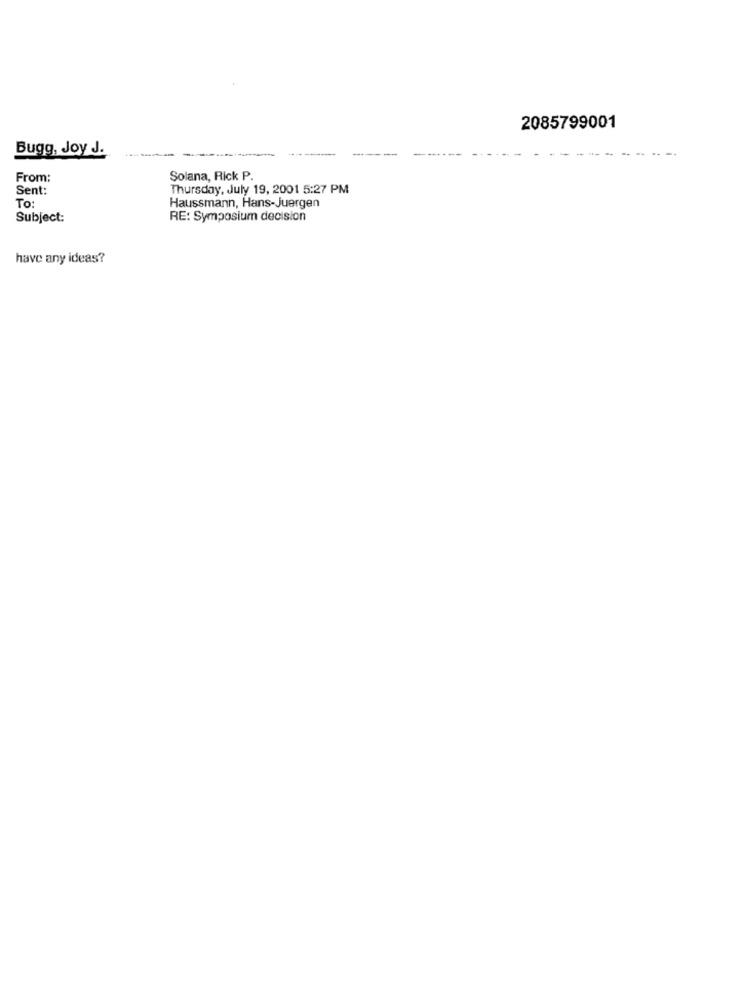
2085799001
Bugg, Joy J.
----
--
From:
Solana, Rick P.
Sent:
Thursday, July 19, 2001 5:27 PM
To:
Haussmann, Hans-Juergen
Subject:
RE: Symposium decision
have any ideas?